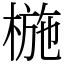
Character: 椸